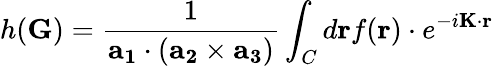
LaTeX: h(\mathbf{G})={\frac{1}{\mathbf{a_{1}}\cdot(\mathbf{a_{2}}\times\mathbf{a_{3}})}}\int_{C}d\mathbf{r}f(\mathbf{r})\cdot e^{-i\mathbf{K}\cdot\mathbf{r}}